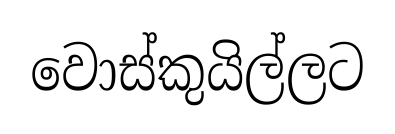
වොස්කුයිල්ලට